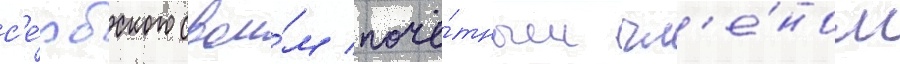
с'е́рбского свои́м почё́тным чл'е́ном